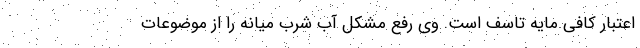
اعتبار کافی مایه تاسف است. وی رفع مشکل آب شرب میانه را از موضوعات